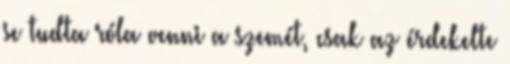
se tudta róla venni a szemét, csak az érdekelte